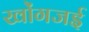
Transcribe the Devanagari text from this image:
खोंगजई